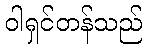
ဝါရှင်တန်သည်